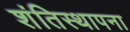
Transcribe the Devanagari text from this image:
शंतिस्थापना